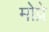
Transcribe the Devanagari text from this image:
मोप्रे